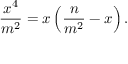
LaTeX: { \frac { x ^ { 4 } } { m ^ { 2 } } } = x \left( { \frac { n } { m ^ { 2 } } } - x \right) .